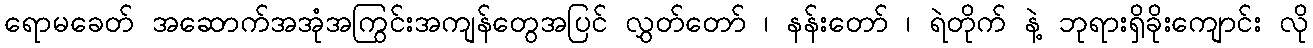
ရောမခေတ် အဆောက်အအုံအကြွင်းအကျန်တွေအပြင် လွှတ်တော် ၊ နန်းတော် ၊ ရဲတိုက် နဲ့ ဘုရားရှိခိုးကျောင်း လို